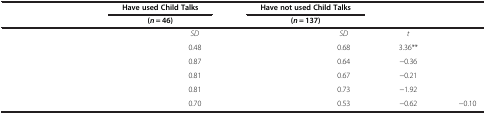
<table><thead><tr><td>[EMPTY_CELL]</td><td colspan="2"><b>Have used Child Talks</b></td><td colspan="2"><b>Have not used Child Talks</b></td><td>[EMPTY_CELL]</td><td>[EMPTY_CELL]</td></tr><tr><td>[EMPTY_CELL]</td><td colspan="2"><b>(<i>n</i>= 46)</b></td><td colspan="2"><b>(<i>n</i>= 137)</b></td><td>[EMPTY_CELL]</td><td>[EMPTY_CELL]</td></tr></thead><tbody><tr><td>[EMPTY_CELL]</td><td>[EMPTY_CELL]</td><td><i>SD</i></td><td>[EMPTY_CELL]</td><td><i>SD</i></td><td><i>t</i></td><td>[EMPTY_CELL]</td></tr><tr><td>[EMPTY_CELL]</td><td>[EMPTY_CELL]</td><td>0.48</td><td>[EMPTY_CELL]</td><td>0.68</td><td>3.36**</td><td>[EMPTY_CELL]</td></tr><tr><td>[EMPTY_CELL]</td><td>[EMPTY_CELL]</td><td>0.87</td><td>[EMPTY_CELL]</td><td>0.64</td><td>-0.36</td><td>[EMPTY_CELL]</td></tr><tr><td>[EMPTY_CELL]</td><td>[EMPTY_CELL]</td><td>0.81</td><td>[EMPTY_CELL]</td><td>0.67</td><td>-0.21</td><td>[EMPTY_CELL]</td></tr><tr><td>[EMPTY_CELL]</td><td>[EMPTY_CELL]</td><td>0.81</td><td>[EMPTY_CELL]</td><td>0.73</td><td>-1.92</td><td>[EMPTY_CELL]</td></tr><tr><td>[EMPTY_CELL]</td><td>[EMPTY_CELL]</td><td>0.70</td><td>[EMPTY_CELL]</td><td>0.53</td><td>-0.62</td><td>-0.10</td></tr></tbody></table>